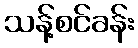
သန့်စင်ခန်း